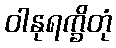
ဝါနုရက္ခိတုံ